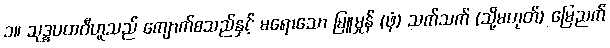
၁။ သုဒ္ဓပထဝီဟူသည် ကျောက်စသည်နှင့် မရောသော မြူမှုန် (ဖုံ) သက်သက် (သို့မဟုတ်) မြေညက်